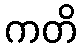
ကတိ